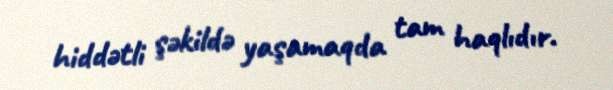
hiddətli şəkildə yaşamaqda tam haqlıdır.